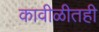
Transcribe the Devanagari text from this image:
कावीळीतही